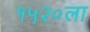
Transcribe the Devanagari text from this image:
१५२०ला